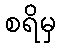
စရိမှ